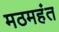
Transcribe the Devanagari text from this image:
मठमहंत